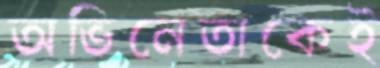
অভিনেতাকেই